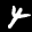
Label: 4